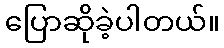
ပြောဆိုခဲ့ပါတယ်။